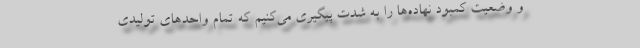
و وضعیت کمبود نهاده‌ها را به شدت پیگیری می‌کنیم که تمام واحدهای تولیدی